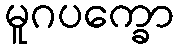
မူဂပက္ခော